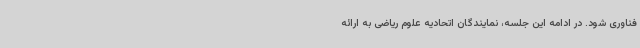
فناوری شود. در ادامه این جلسه، نمایندگان اتحادیه علوم ریاضی به ارائه